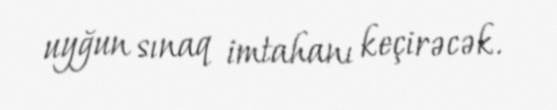
uyğun sınaq imtahanı keçirəcək.